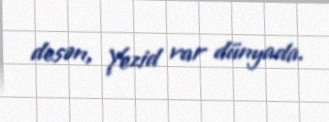
desən, Yezid var dünyada.